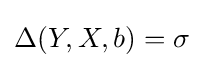
\Delta (Y,X,b)=\sigma